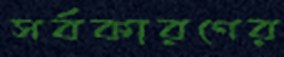
সর্বকারণের